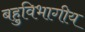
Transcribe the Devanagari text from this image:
बहुविभागीय